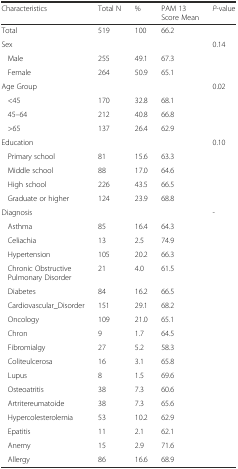
| Characteristics | Total N | % | PAM 13 Score Mean | P-value |
 | --- | --- | --- | --- | --- |
 | Total | 519 | 100 | 66.2 |  |
 | Sex |  |  |  | 0.14 |
 | Male | 255 | 49.1 | 67.3 |  |
 | Female | 264 | 50.9 | 65.1 |  |
 | Age Group |  |  |  | 0.02 |
 | <45 | 170 | 32.8 | 68.1 |  |
 | 45–64 | 212 | 40.8 | 66.8 |  |
 | >65 | 137 | 26.4 | 62.9 |  |
 | Education |  |  |  | 0.10 |
 | Primary school | 81 | 15.6 | 63.3 |  |
 | Middle school | 88 | 17.0 | 64.6 |  |
 | High school | 226 | 43.5 | 66.5 |  |
 | Graduate or higher | 124 | 23.9 | 68.8 |  |
 | Diagnosis |  |  |  | - |
 | Asthma | 85 | 16.4 | 64.3 |  |
 | Celiachia | 13 | 2.5 | 74.9 |  |
 | Hypertension | 105 | 20.2 | 66.3 |  |
 | Chronic Obstructive Pulmonary Disorder | 21 | 4.0 | 61.5 |  |
 | Diabetes | 84 | 16.2 | 66.5 |  |
 | Cardiovascular_Disorder | 151 | 29.1 | 68.2 |  |
 | Oncology | 109 | 21.0 | 65.1 |  |
 | Chron | 9 | 1.7 | 64.5 |  |
 | Fibromialgy | 27 | 5.2 | 58.3 |  |
 | Coliteulcerosa | 16 | 3.1 | 65.8 |  |
 | Lupus | 8 | 1.5 | 69.6 |  |
 | Osteoatritis | 38 | 7.3 | 60.6 |  |
 | Artritereumatoide | 38 | 7.3 | 65.6 |  |
 | Hypercolesterolemia | 53 | 10.2 | 62.9 |  |
 | Epatitis | 11 | 2.1 | 62.1 |  |
 | Anemy | 15 | 2.9 | 71.6 |  |
 | Allergy | 86 | 16.6 | 68.9 |  |